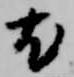
尤